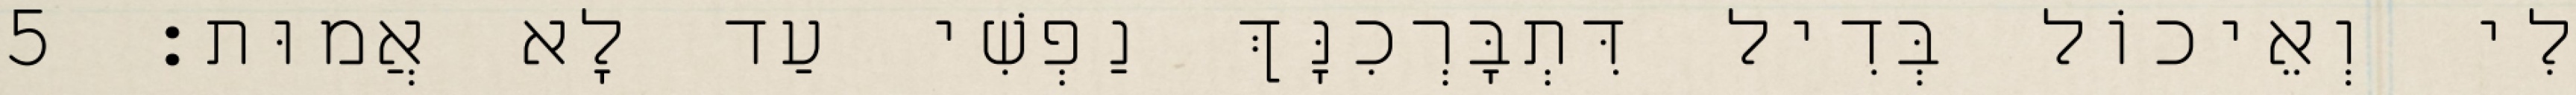
לִי וְאֵיכוֹל בְּדִיל דִּתְבָּרְכִנָּךְ נַפְשִׁי עַד לָא אֲמוּת׃ 5